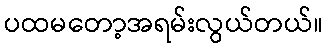
ပထမတော့အရမ်းလွယ်တယ်။